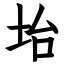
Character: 坮